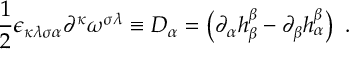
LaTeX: \frac { 1 } { 2 } \epsilon _ { \kappa \lambda \sigma \alpha } \partial ^ { \kappa } \omega ^ { \sigma \lambda } \equiv D _ { \alpha } = \left( \partial _ { \alpha } h _ { \beta } ^ { \beta } - \partial _ { \beta } h _ { \alpha } ^ { \beta } \right) \ .